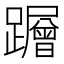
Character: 𮜠